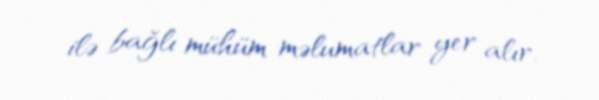
ilə bağlı mühüm məlumatlar yer alır.